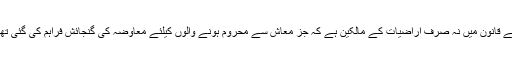
انہوں نے بتایا کہ ہمارے 2013 ء کے قانون میں نہ صرف اراضیات کے مالکین ہے کہ جز معاش سے محروم ہونے والوں کیلئے معاوضہ کی گنجائش فراہم کی گئی تھی جن کا گزر بسر اس اراضی پر ہے۔